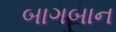
બાગબાન